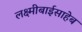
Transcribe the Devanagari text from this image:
लक्ष्मीबाईसाहेब